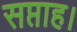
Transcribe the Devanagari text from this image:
सप्ताह।